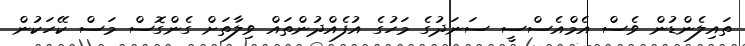
ތައިލެންޑުން ވެސް އެމްއެސްސީ ސަނަދުގެ މަހުގެ އުފެއްދުންތައް ވިލާތަށް ގެންގޮސް މަސް ކޭހަކުން